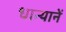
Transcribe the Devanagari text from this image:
धान्यानें